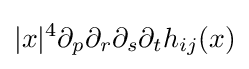
|x|^{4}\partial _{p}\partial _{r}\partial _{s}\partial _{t}h_{ij}(x)